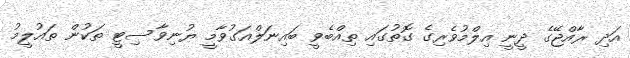
އަދި ރާއްޖޭގެ ދީނީ އިލްމުވެރިގެ ގޮތުގައި ތިއްބެވީ ބައިނަލްއަގުވާމީ ޔުނިވާސިޓީ ތަކުން ތައުލީމު